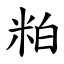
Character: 粕